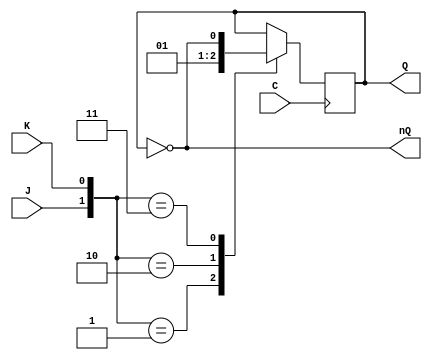
module JK(output reg Q,output wire nQ, input wire J, input wire K, input wire C);
	initial Q=0;
	not(nQ,Q);
	always @(negedge C)
		case({J,K})
			2'b01: Q=0;
			2'b10: Q=1;
			2'b11: Q=~Q;
		endcase
endmodule

module CONTADOR(output wire [3:0]Q, input wire C);
	wire [3:0]nQ;
	wire aJ3_1,aJ3_2,oJ3; 			wire aK3_1,aK3_2,oK3;
	wire aJ2_1,aJ2_2,oJ2; 			wire aK2_1,aK2_2,oK2;
	wire aJ1_1,oJ1;       			wire aK1_1,aK1_2,aK1_3,oK1;
	wire aJ0_1,aJ0_2,aJ0_3,oJ0; wire aK0_1,aK0_2,aK0_3,oK0;

	not n0(nQ[0],Q[0]);
	not n1(nQ[1],Q[1]);
	not n2(nQ[2],Q[2]);
	not n3(nQ[3],Q[3]);

	//J3
	and a1(aJ3_1,Q[2],nQ[1]);
	and a2(aJ3_2,nQ[2],Q[1],nQ[0]);
	or o1(oJ3,aJ3_1,aJ3_2);

	//K3
	and a3(aK3_1,nQ[2],nQ[0]);
	and a4(aK3_2,nQ[2],nQ[1]);
	or o2(oK3,aK3_1,aK3_2);

	//J2
	and a5(aJ2_1,nQ[3],Q[1],Q[0]);
	and a6(aJ2_2,Q[3],nQ[1],nQ[0]);
	or o3(oJ2,aJ2_1,aJ2_2);

	//K2
	and a7(aK2_1,Q[3],nQ[0]);
	and a8(aK2_2,nQ[1],Q[0]);
	or o4(oK2,aK2_1,aK2_2);

	//J1
	and a9(aJ1_1,nQ[3],nQ[0]);
	or o5(oJ1,aJ1_1,Q[2]);

	//K1
	and a10(aK1_1,nQ[2],Q[0]);
	and a11(aK1_2,Q[2],nQ[0]);
	and a12(aK1_3,nQ[3],Q[0]);
	or o6(oK1,aK1_1,aK1_2,aK1_3);

	//J0
	and a13(aJ0_1,nQ[3],Q[1]);
	and a14(aJ0_2,Q[3],Q[2]);
	and a15(aJ0_3,nQ[3],nQ[2]);
	or o7(oJ0,aJ0_1,aJ0_2,aJ0_3);

	//K0
	and a16(aK0_1,nQ[3],nQ[1]);
	and a17(aK0_2,Q[3],Q[1]);
	and a18(aK0_3,nQ[2],nQ[1]);
	or o8(oK0,aK0_1,aK0_2,aK0_3);

	//CONTADOR
	JK JK0(Q[0],nQ[0],oJ0,oK0,C);
	JK JK1(Q[1],nQ[1],oJ1,oK1,C);
	JK JK2(Q[2],nQ[2],oJ2,oK2,C);
	JK JK3(Q[3],nQ[3],oJ3,oK3,C);
endmodule

module CAMBIO (output wire [3:0] Q,input wire [3:0] I);
	wire [3:0] nI;
	wire aQ2_1,aQ2_2,aQ2_3;
	wire aQ1_1,aQ1_2,aQ1_3,aQ1_4;
	wire aQ0_1,aQ0_2,aQ0_3;
	not n4(nI[0],I[0]);
	not n5(nI[1],I[1]);
	not n6(nI[2],I[2]);
	not n7(nI[3],I[3]);

	//CAMBIOS 3->4; 5->0; 8->10
		//Q3
		assign Q[3]=I[3];
		//Q2
		and a19(aQ2_1,I[2],nI[0]);
		and a20(aQ2_2,I[3],I[2]);
		and a21(aQ2_3,nI[3],I[1],I[0]);
		or o9(Q[2],aQ2_1,aQ2_2,aQ2_3);
		//Q1
		and a22(aQ1_1,I[1],nI[0]);
		and a23(aQ1_2,I[2],I[1]);
		and a24(aQ1_3,I[3],I[1]);
		and a25(aQ1_4,I[3],nI[2],nI[0]);
		or o10(Q[1],aQ1_1,aQ1_2,aQ1_3,aQ1_4);
		//Q0
		and a26(aQ0_1,I[3],I[0]);
		and a27(aQ0_2,nI[2],nI[1],I[0]);
		and a28(aQ0_3,I[2],I[1],I[0]);
		or o11(Q[0],aQ0_1,aQ0_2,aQ0_3);

endmodule

module TEST;
	wire [3:0]O;
	reg C;

	CONTADOR  CA(O,C);

	wire [3:0] cambio;
	CAMBIO io(cambio,O);
	always #5 C=~C;

	initial
		begin
			$dumpfile("EJ.dmp");
			$dumpvars;
				$display("Inicial 1010 (10)");
				CA.JK3.Q<=1;  CA.JK2.Q<=0; CA.JK1.Q<=1; CA.JK0.Q<=0;
				C=0;
				$monitor($time,"C: %b Serie: %b (%d)",C,cambio,cambio);
				#120;
				$display("Inicial 0001 (1)");
				CA.JK3.Q<=0;  CA.JK2.Q<=0; CA.JK1.Q<=0; CA.JK0.Q<=1;
				#55;
				$display("Inicial 0110 (6)");
				CA.JK3.Q<=0;  CA.JK2.Q<=1; CA.JK1.Q<=1; CA.JK0.Q<=0;
				#55;
				$display("Inicial 0111 (7)");
				CA.JK3.Q<=0;  CA.JK2.Q<=1; CA.JK1.Q<=1; CA.JK0.Q<=1;
				#55;
				$display("Inicial 1100 (12)");
				CA.JK3.Q<=1;  CA.JK2.Q<=1; CA.JK1.Q<=0; CA.JK0.Q<=0;
				#55;
				$display("Inicial 1101 (13)");
				CA.JK3.Q<=1;  CA.JK2.Q<=1; CA.JK1.Q<=0; CA.JK0.Q<=1;
				#55;
				$display("Inicial 1111 (15)");
				CA.JK3.Q<=1;  CA.JK2.Q<=1; CA.JK1.Q<=1; CA.JK0.Q<=1;
				#55;
			$dumpoff;
	$finish; //Es para que termine el always
		end
endmodule